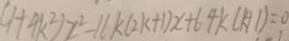
( 1 + 4 k ^ { 2 } ) x ^ { 2 } - 1 6 k ( 2 k + 1 ) x + 6 4 k ( k + 1 ) = 0